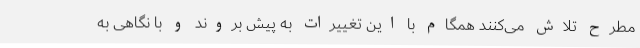
مطرح تلاش می‌کنند همگام با این تغییرات به پیش بروند و با نگاهی به